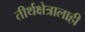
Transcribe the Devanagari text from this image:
तीर्थक्षेत्रालाही